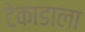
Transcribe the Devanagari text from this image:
टेकाडाला